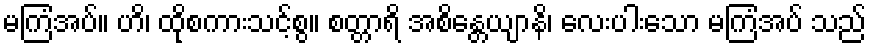
မကြံအပ်။ ဟိ၊ ထိုစကားသင့်စွ။ စတ္တာရိ အစိန္တေယျာနိ၊ လေးပါးသော မကြံအပ် သည်